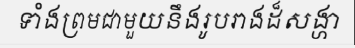
ទាំងព្រមជាមួយនឹងរូបរាងដ៏សង្ហា